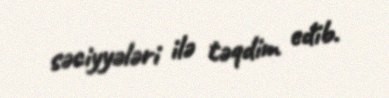
səciyyələri ilə təqdim edib.